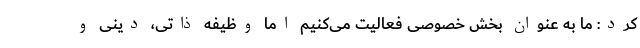
کرد: ما به عنوان بخش خصوصی فعالیت می‌کنیم اما وظیفه ذاتی، دینی و